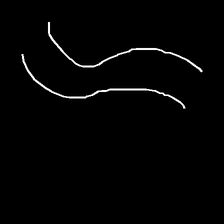
Glyph: float